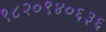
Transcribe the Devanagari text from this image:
९८२०९४०६३६